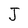
Character: J